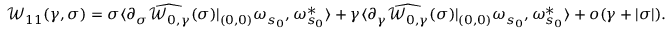
\mathcal { W } _ { 1 1 } ( \gamma , \sigma ) = \sigma \langle \partial _ { \sigma } \widehat { \mathcal { W } _ { 0 , \gamma } } ( \sigma ) | _ { ( 0 , 0 ) } \omega _ { s _ { 0 } } , \omega _ { s _ { 0 } } ^ { * } \rangle + \gamma \langle \partial _ { \gamma } \widehat { \mathcal { W } _ { 0 , \gamma } } ( \sigma ) | _ { ( 0 , 0 ) } \omega _ { s _ { 0 } } , \omega _ { s _ { 0 } } ^ { * } \rangle + o ( \gamma + \vert \sigma \vert ) .